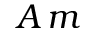
A \, m